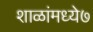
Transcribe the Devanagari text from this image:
शाळांमध्ये७